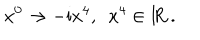
x ^ { 0 } \to - \mathrm { i } x ^ { 4 } , \enspace x ^ { 4 } \in \mathrm { I \! R } \, .